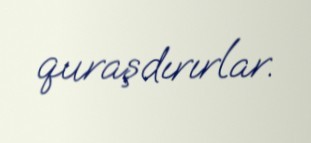
quraşdırırlar.